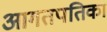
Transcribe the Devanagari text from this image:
आगतपतिका